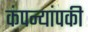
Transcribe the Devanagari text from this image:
कंपन्यांपकी